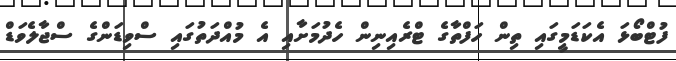
ފުޓްބޯޅަ އެކަޑަމީގައި ތިން ހަފްތާގެ ޓްރެއިނިން ހެދުމަށާއި އެ މުއްދަތުގައި ސްވިޑަންގެ ސްޖާލެވަޑް